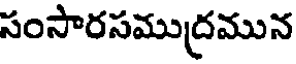
సంసారసముద్రమున